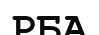
РБА